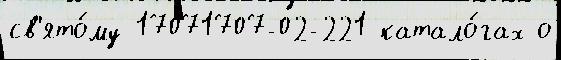
св'ято́му 17071707-02-221 катало́гах о